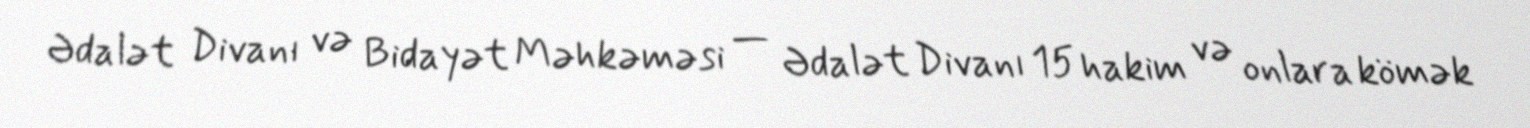
Ədalət Divanı və Bidayət Məhkəməsi — Ədalət Divanı 15 hakim və onlara kömək